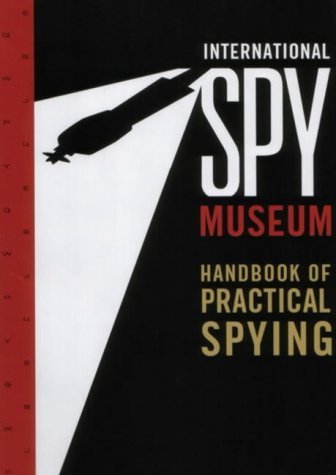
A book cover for International Spy Museum's Handbook of Practical Spying; Jack Barth; Biographies & Memoirs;